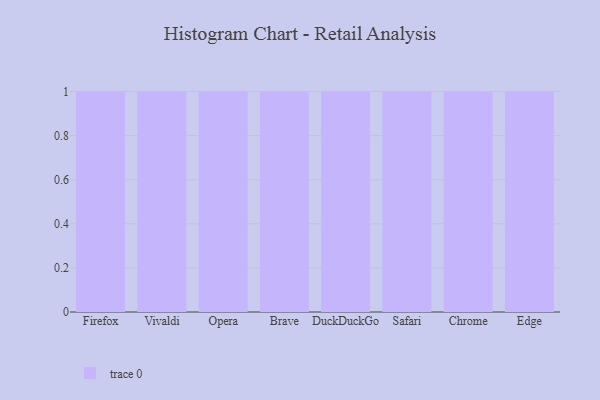
{"axis": {"x": "Browser", "y": "Backlog"}, "legend": [""], "data": [{"x": "Firefox", "y": 4, "type": ""}, {"x": "Vivaldi", "y": 13, "type": ""}, {"x": "Opera", "y": 16, "type": ""}, {"x": "Brave", "y": 77, "type": ""}, {"x": "DuckDuckGo", "y": 27, "type": ""}, {"x": "Safari", "y": 37, "type": ""}, {"x": "Chrome", "y": 45, "type": ""}, {"x": "Edge", "y": 24, "type": ""}]}